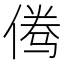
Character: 𱎾